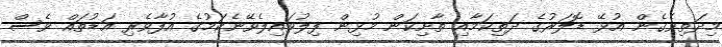
މިދަތިވެގެން އުޅޭ ޑޮލަރުގެ ދަތިކަމާއި ތާށިކަން މުޅިން ފިލުވައިލެވޭނެކަމުގެ އުފާވެރި އަޑުތައް ވެސް